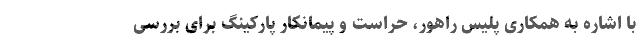
با اشاره به همکاری پلیس راهور، حراست و پیمانکار پارکینگ برای بررسی